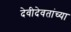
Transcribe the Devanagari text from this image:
देवीदेवतांच्या